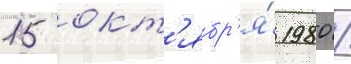
15 окт'ябр'я́ 1980 /